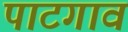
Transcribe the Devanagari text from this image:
पाटगाव